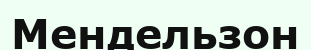
Мендельзон